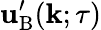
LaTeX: {\mathbf{u}}_{\mathrm{{B}}}^{\prime}({\mathbf{k}};\tau)